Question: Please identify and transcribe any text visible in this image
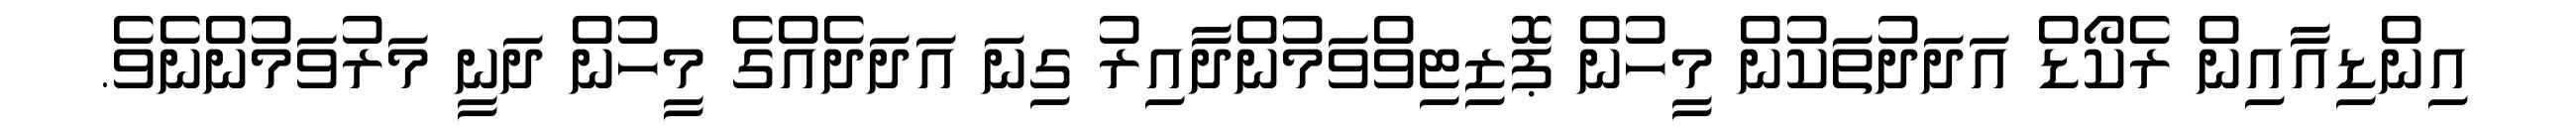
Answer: އިންޑިއާއިން ރެކޯޑް އަދަދުތަކުން މީހުން ޕޮޒިޓިވްވަމުންދާއިރު ގިނަ އަދަދެއްގެ މީހުން ދަނީ މަރުވަމުންނެވެ.